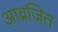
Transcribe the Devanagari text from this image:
आव्रजित